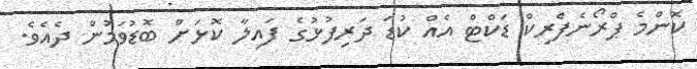
ކޮންމެ ޕްރޯނެފްރިކް ޑަކްޓް އެއް ކުޑަ ދަރިފުޅުގެ ފައިލާ ކޮޅަށް ބޮޑުވަމުން ދެއެވެ.